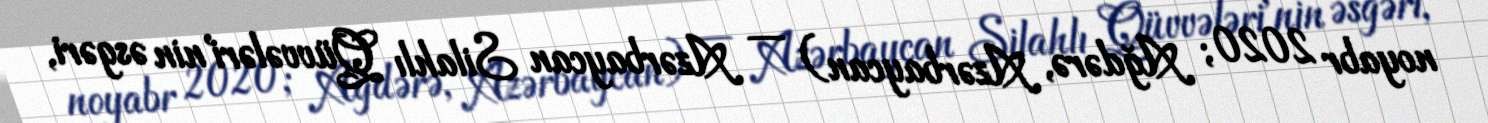
noyabr 2020; Ağdərə, Azərbaycan) — Azərbaycan Silahlı Qüvvələri'nin əsgəri,